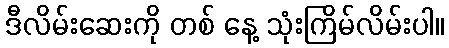
ဒီလိမ်းဆေးကို တစ် နေ့ သုံးကြိမ်လိမ်းပါ။